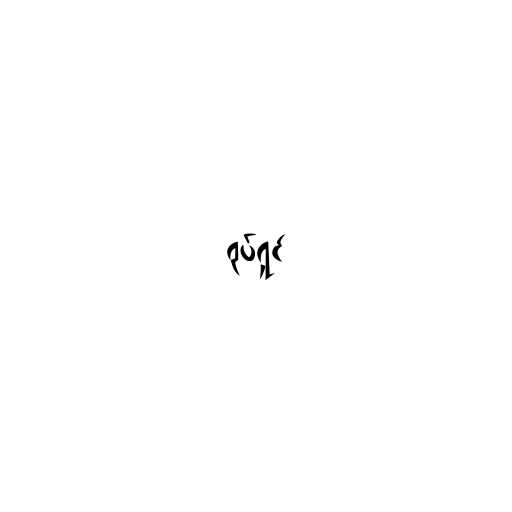
ရုပ်ရှင်